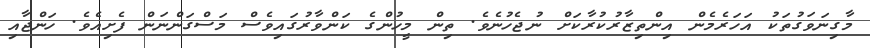
މާގިނަވަގުތަކު އަހަރެމެން އިންތިޒާރުކުރާކަށް ނުޖެހުނެވެ. ތިން މީހުންގެ ކަންވާރުގައިވެސް މަސްގަންނަން ފެށިއެވެ. ހަންޖާއި